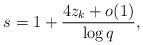
LaTeX: \begin{align*} s=1+\frac{4z_k+o(1)}{\log q}, \end{align*}